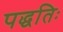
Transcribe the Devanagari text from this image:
पद्धतिः